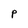
Character: P